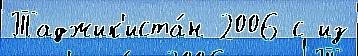
Таджик'иста́н 2006 с из